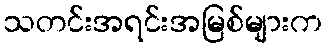
သတင်းအရင်းအမြစ်များက